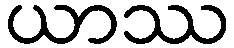
ယာဿ